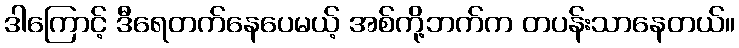
ဒါကြောင့် ဒီရေတက်နေပေမယ့် အစ်ကို့ဘက်က တပန်းသာနေတယ်။